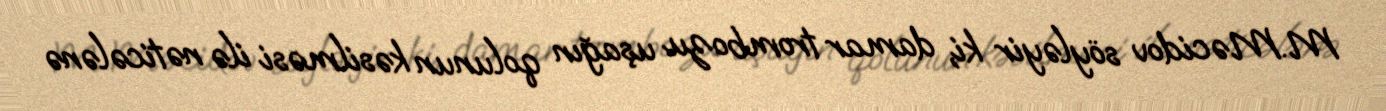
M.Məcidov söyləyir ki, damar trombozu uşağın qolunun kəsilməsi ilə nəticələnə